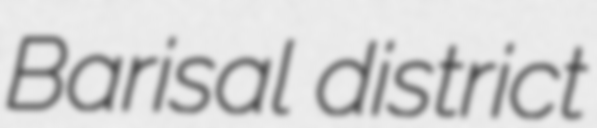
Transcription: Barisal district